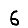
Digit: 6